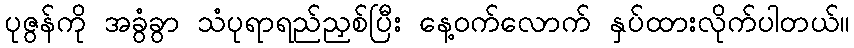
ပုဇွန်ကို အခွံခွာ သံပုရာရည်ညှစ်ပြီး နေ့ဝက်လောက် နှပ်ထားလိုက်ပါတယ်။